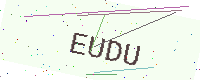
Text: EUDU